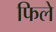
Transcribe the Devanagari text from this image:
फिले